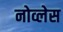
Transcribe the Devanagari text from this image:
नोव्लेस